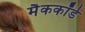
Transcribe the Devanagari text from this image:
मैककॉर्ड